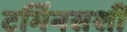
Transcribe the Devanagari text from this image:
टर्मिनसशी